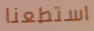
استطعنا